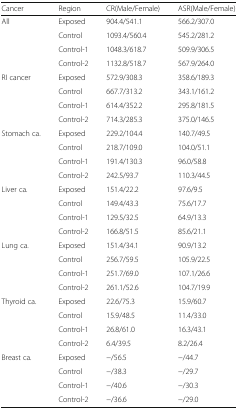
| Cancer | Region | CR(Male/Female) | ASR(Male/Female) |
 | --- | --- | --- | --- |
 | <ROWSPAN=4> All | Exposed | 904.4/541.1 | 566.2/307.0 |
 | Control | 1093.4/560.4 | 545.2/281.2 |
 | Control-1 | 1048.3/618.7 | 509.9/306.5 |
 | Control-2 | 1132.8/518.7 | 567.9/264.0 |
 | <ROWSPAN=4> RI cancer | Exposed | 572.9/308.3 | 358.6/189.3 |
 | Control | 667.7/313.2 | 343.1/161.2 |
 | Control-1 | 614.4/352.2 | 295.8/181.5 |
 | Control-2 | 714.3/285.3 | 375.0/146.5 |
 | <ROWSPAN=4> Stomach ca. | Exposed | 229.2/104.4 | 140.7/49.5 |
 | Control | 218.7/109.0 | 104.0/51.1 |
 | Control-1 | 191.4/130.3 | 96.0/58.8 |
 | Control-2 | 242.5/93.7 | 110.3/44.5 |
 | <ROWSPAN=4> Liver ca. | Exposed | 151.4/22.2 | 97.6/9.5 |
 | Control | 149.4/43.3 | 75.6/17.7 |
 | Control-1 | 129.5/32.5 | 64.9/13.3 |
 | Control-2 | 166.8/51.5 | 85.6/21.1 |
 | <ROWSPAN=4> Lung ca. | Exposed | 151.4/34.1 | 90.9/13.2 |
 | Control | 256.7/59.5 | 105.9/22.5 |
 | Control-1 | 251.7/69.0 | 107.1/26.6 |
 | Control-2 | 261.1/52.6 | 104.7/19.9 |
 | <ROWSPAN=4> Thyroid ca. | Exposed | 22.6/75.3 | 15.9/60.7 |
 | Control | 15.9/48.5 | 11.4/33.0 |
 | Control-1 | 26.8/61.0 | 16.3/43.1 |
 | Control-2 | 6.4/39.5 | 8.2/26.4 |
 | <ROWSPAN=4> Breast ca. | Exposed | −/56.5 | −/44.7 |
 | Control | −/38.3 | −/29.7 |
 | Control-1 | −/40.6 | −/30.3 |
 | Control-2 | −/36.6 | −/29.0 |